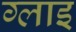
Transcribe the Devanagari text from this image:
ग्लाइ